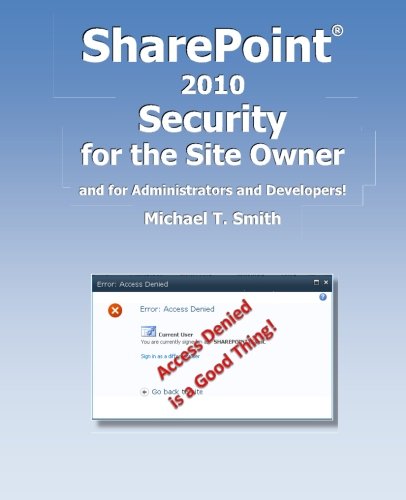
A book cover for SharePoint 2010 Security for the Site Owner: and for Administrators and Developers!; Michael T Smith; Computers & Technology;